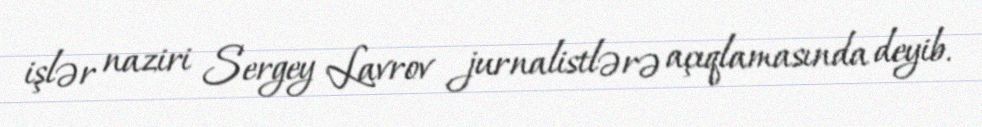
işlər naziri Sergey Lavrov jurnalistlərə açıqlamasında deyib.